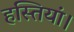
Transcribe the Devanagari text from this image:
हस्तियां।